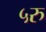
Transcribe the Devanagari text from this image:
५रु